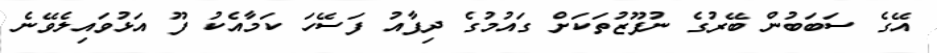
އޭގެ ސަބަބުން ބޭރުގެ ނުފޫޒުތަކަށް ގައުމުގެ ދިފާއު ފަސޭހަ ކަމާއެކު ފޫ އަޅުވައިލެވޭނެ